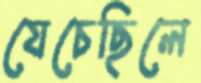
যেচেছিলে